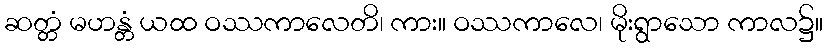
ဆတ္တံ မဟန္တံ ယထ ဝဿကာလေတိ၊ ကား။ ဝဿကာလေ၊ မိုးရွာသော ကာလ၌။